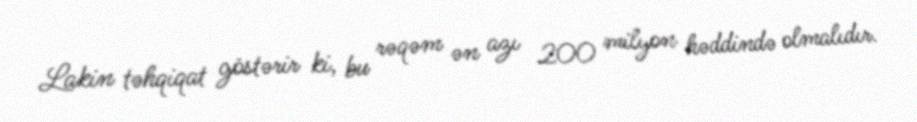
Lakin təhqiqat göstərir ki, bu rəqəm ən azı 200 milyon həddində olmalıdır.